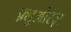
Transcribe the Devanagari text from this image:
फ़्लुओरेज़